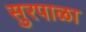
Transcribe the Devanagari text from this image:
सुरपाळा